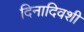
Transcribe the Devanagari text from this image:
दिनादिवशी